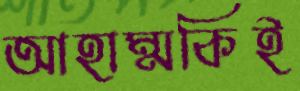
আহাম্মকিই